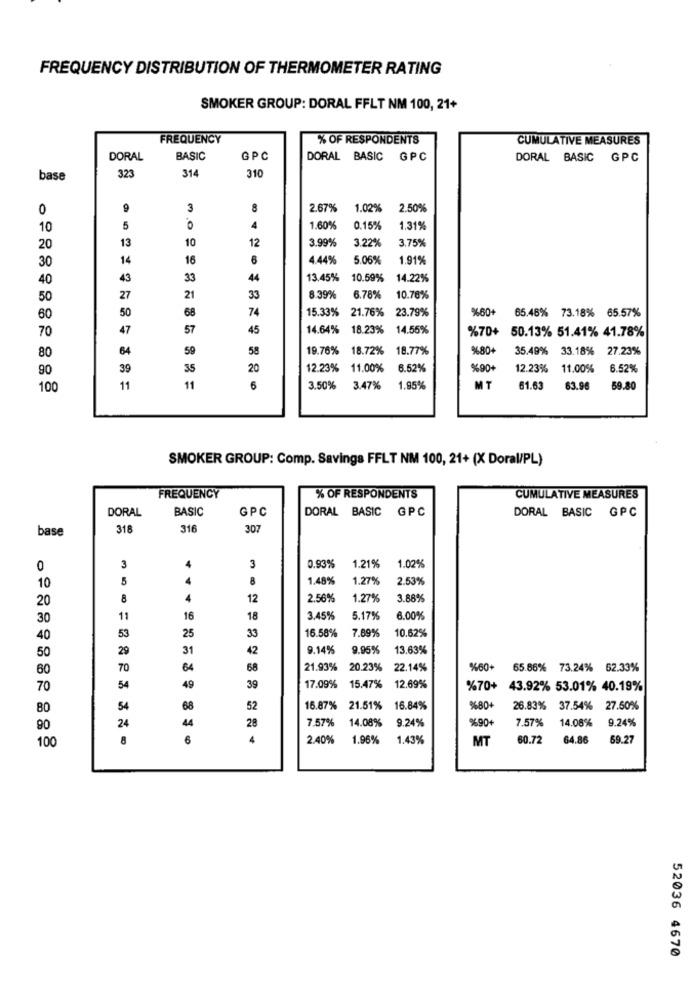
FREQUENCY DISTRIBUTION OF THERMOMETER RATING
SMOKER GROUP: DORAL FFLT NM 100, 21+
FREQUENCY
% OF RESPONDENTS
CUMULATIVE MEASURES
DORAL
BASIC
GPC
DORAL BASIC GPC
DORAL BASIC GPC
323
314
base
310
0
9
3
8
2.67%
1.02%
2.50%
10
5
.O
4
1.60%
0.15%
1.31%
13
10
3.99%
3.22%
3.75%
20
12
30
14
16
6
4.44%
5.06%
1.91%
40
43
33
44
13.45%
10.59%
14.22%
50
27
21
33
8.39%
6.78%
10.78%
50
68
74
15.33% 21.76%
23.79%
460+
65.48% 73.18% 65.57%
60
47
57
45
14.64% 18.23%
14.55%
%70+
70
50.13% 51.41% 41.78%
64
59
58
19.76% 18.72%
18.77%
%80+
35.49% 33.18% 27.23%
80
90
39
35
20
12.23% 11.00%
6.52%
%90+
12.23%
11.00%
6.52%
100
11
11
6
3.50%
3.47% 1.85%
MT
61.63
63.96
59.80
SMOKER GROUP: Comp. Savings FFLT NM 100, 21+ (X Doral/PL)
FREQUENCY
% OF RESPONDENTS
CUMULATIVE MEASURES
DORAL
BASIC
GPC
DORAL BASIC GPC
DORAL BASIC GPC
base
318
316
307
0
3
4
3
0.93%
1.21%
1.02%
10
5
4
8
1.48%
1.27%
2.53%
20
8
4
12
2.56%
1.27%
3.88%
30
11
16
18
3.45%
5.17%
6.00%
53
25
33
16.58%
7.69%
10.62%
40
50
29
31
42
9.14%
9.95%
13.63%
60
70
64
68
21.93%
20.23%
22.14%
%60+
65.86% 73.24% 62.33%
70
54
49
39
17.09%
15.47%
12.69%
%70+ 43.92% 53.01% 40.19%
80
54
68
52
16.87%
21.51%
16.84%
%80+
26.83% 37.54%
27.50%
24
44
28
7.57%
14.08%
9.24%
9%90+
7.57%
14.08%
9.24%
90
100
6
4
2.40%
1.96%
1.43%
MT
60.72
64.86
59.27
52036 4670